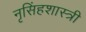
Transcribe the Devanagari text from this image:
नृसिंहशास्त्री